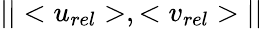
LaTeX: ||<u_{rel}>,<v_{rel}>||